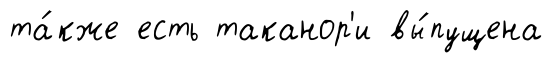
та́кже есть таканор'и вы́пущена